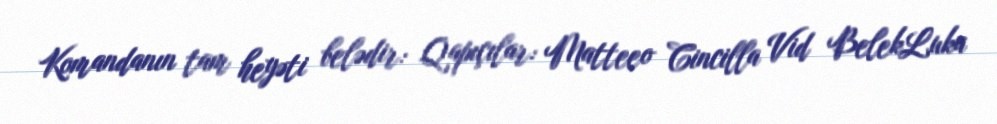
Komandanın tam heyəti belədir: Qapıçılar: Matteeo Cincilla Vid BelekLuka